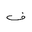
Letter: _fa